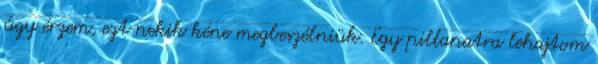
úgy érzem, ezt nekik kéne megbeszélniük. Egy pillanatra lehajtom